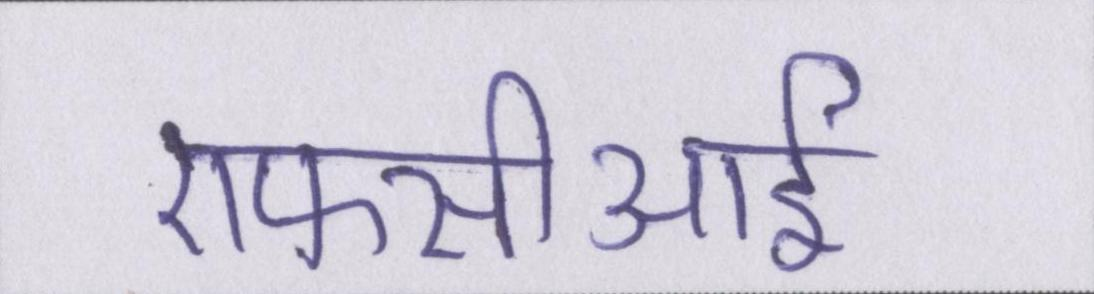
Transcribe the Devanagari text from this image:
एफसीआई